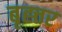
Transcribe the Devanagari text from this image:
बृह्त्तर